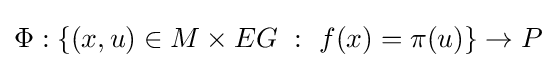
\Phi :\left\{(x,u)\in M\times EG\ :\ f(x)=\pi (u)\right\}\to P